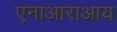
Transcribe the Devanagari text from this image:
एनाआराआय